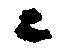
ニ